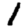
Digit: 1